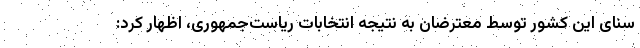
سنای این کشور توسط معترضان به نتیجه انتخابات ریاست‌جمهوری، اظهار کرد: